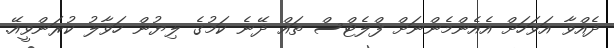
ދެއްވާ އަވަހަށް އެއެންމެންނަށް ފްލެޓްސް ތައް ދޭނެ ކަމުގެ ލިޔުން ހަވާލު ކުރަންވީއޭ.